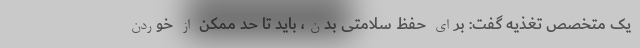
یک متخصص تغذیه گفت: برای حفظ سلامتی بدن، باید تا حد ممکن از خوردن